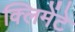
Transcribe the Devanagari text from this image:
क्लिमेंटे